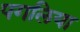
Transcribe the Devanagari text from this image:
पगलिया